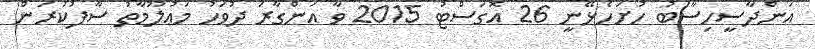
އަންދާސީހިސާބު ހުށަހެޅޭނީ 26 އޮގަސްޓު 2015 ވާ އަންގާރަ ދުވަހު މަޢުލޫމާތު ސާފުކުރަން